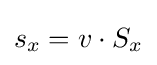
s_{x}=v\cdot S_{x}